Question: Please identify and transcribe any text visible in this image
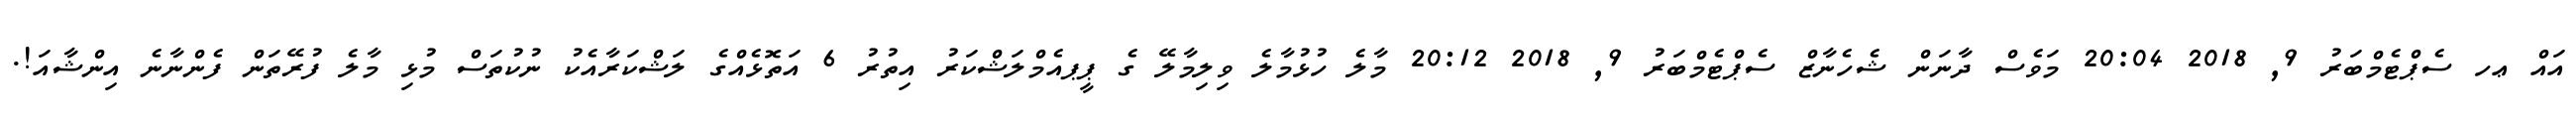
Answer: އައް ޢހ ސެޕްޓެމްބަރު 9, 2018 20:04 މަވެސް ދާނަން ޝެހެނާޒް ސެޕްޓެމްބަރު 9, 2018 20:12 މާލެ ހުޅުމާލެ ވިލިމާލޭ ގެ ޕީޕއެމްލަޝްކަރު އިތުރު 6 އަތޮޅެއްގެ ލަޝްކަރާއެކު ނުކުތަސް މުޅި މާލެ ފުރޭތަން ފެންނާނެ އިންޝާއަ!.